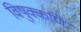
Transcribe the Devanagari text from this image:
विषुक्कणि